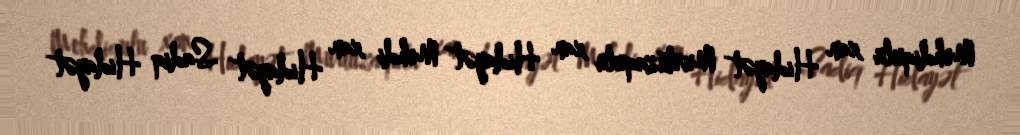
Mehdiqulu xan Hidayət Murtuzaqulu xan Hidayət Mehdi xan Hidayət Sadiq Hidayət